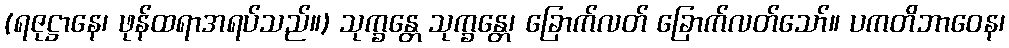
(ရဇုဋ္ဌာနေ၊ ဖုန်ထရာအရပ်သည်။) သုက္ခန္တေ သုက္ခန္တေ၊ ခြောက်လတ် ခြောက်လတ်သော်။ ပကတိဘာဝေန၊